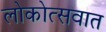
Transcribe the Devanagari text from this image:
लोकोत्सवात